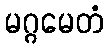
မဂ္ဂမေတံ